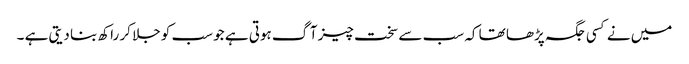
میں نے کسی جگہ پڑھا تھا کہ سب سے سخت چیز آگ ہوتی ہے جو سب کو جلا کر راکھ بنا دیتی ہے ۔